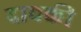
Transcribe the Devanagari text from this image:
दाबकी